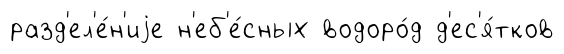
разд'ел'е́н'иjе н'еб'е́сных водоро́д д'ес'я́тков